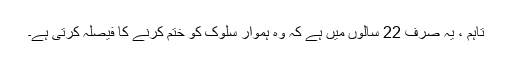
تاہم ، یہ صرف 22 سالوں میں ہے کہ وہ ہموار سلوک کو ختم کرنے کا فیصلہ کرتی ہے۔